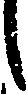
し